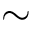
\sim